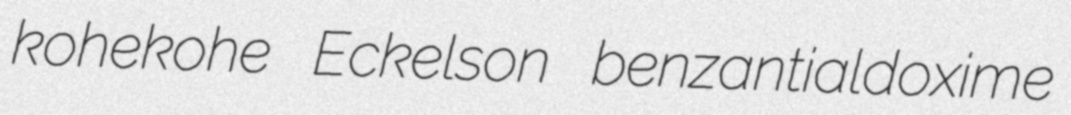
kohekohe Eckelson benzantialdoxime